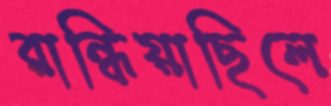
রান্ধিয়াছিলে